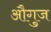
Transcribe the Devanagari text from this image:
औगुज